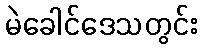
မဲခေါင်ဒေသတွင်း